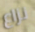
نزاع